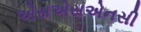
એસએસએનસી